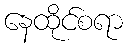
နေထိုင်စရာ